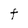
Character: F